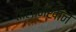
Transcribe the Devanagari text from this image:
तालीमखाने